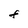
Character: F